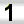
Digit: 1